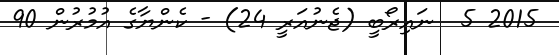
2015 5  ނައިރޯބީ (ޖެނުއަރީ 24) - ކެންޔާގެ އުމުރުން 90